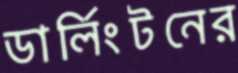
ডার্লিংটনের